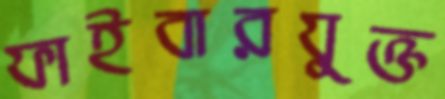
ফাইবারযুক্ত